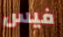
فيس